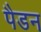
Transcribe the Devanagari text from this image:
पैडन